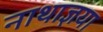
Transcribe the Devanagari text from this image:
नाथाज्ञया